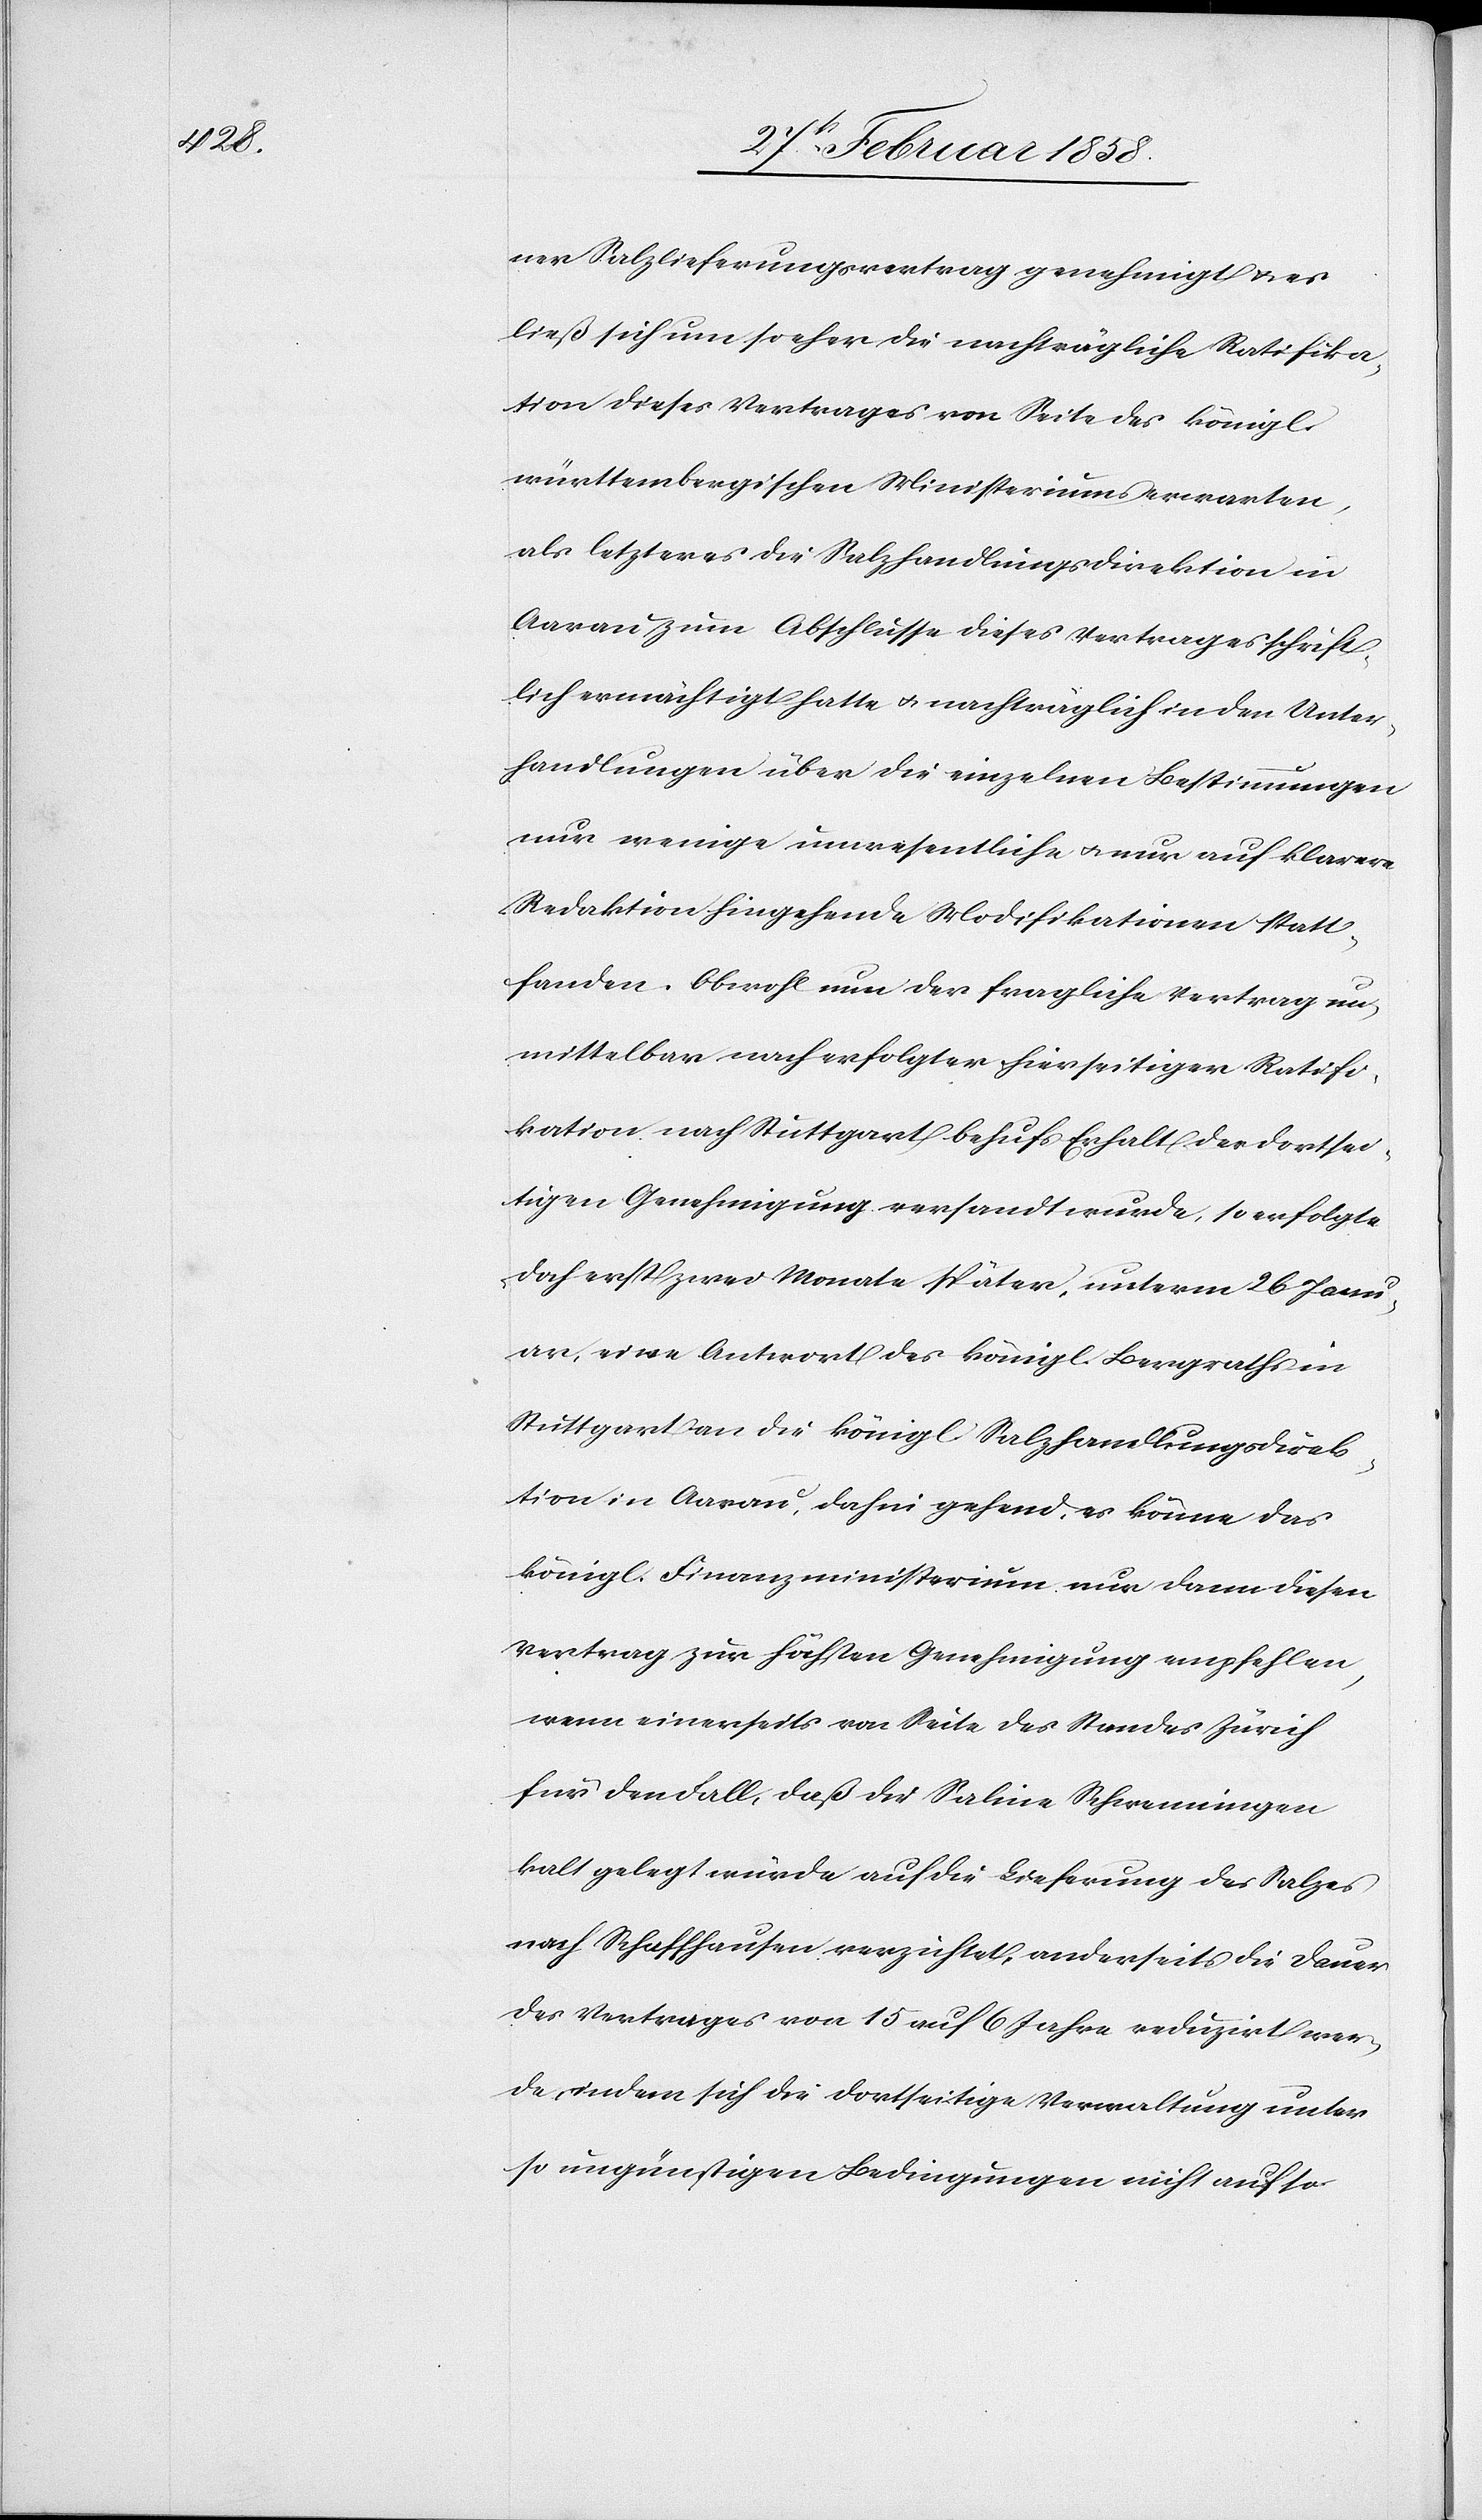
ner Salzlieferungsvertrag genehmigt u. es
ließ sich um so eher die nachträgliche Ratifika¬
tion dieses Vertrages von Seite des königl.
württembergischen Ministeriums erwarten,
als letzteres die Salzhandlungsdirektion in
Aarau zum Abschlusse dieses Vertrages schrift¬
lich ermächtigt hatte u. nachträglich in den Unter¬
handlungen über die einzelnen Bestimmungen
nur wenige unwesentliche u. nur auf klarere
Redaktion hingehende Modifikationen statt¬
fanden. Obwohl nun der fragliche Vertrag un¬
mittelbar nach erfolgter hierseitiger Ratifi¬
kation nach Stuttgart behufs Erhalt der dortsei¬
tigen Genehmigung versandt wurde, so erfolgte
doch erst zwei Monate später, unterm 26 Janu¬
ar, eine Antwort des königl. Bergraths in
Stuttgart an die königl. Salzhandlungsdirek¬
tion in Aarau, dahin gehend, es könne das
königl. Finanzministerium nur dann diesen
Vertrag zur höchsten Genehmigung empfehlen,
wenn einerseits von Seite des Standes Zürich
für den Fall, daß die Saline Schwenningen
kalt gelegt würde auf die Lieferung des Salzes
nach Schaffhausen verzichtet, anderseits die Dauer
des Vertrages von 15 auf 6 Jahre reduzirt wer¬
de, indem sich die dortseitige Verwaltung unter
so ungünstigen Bedingungen nicht auf so